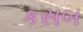
કસબ